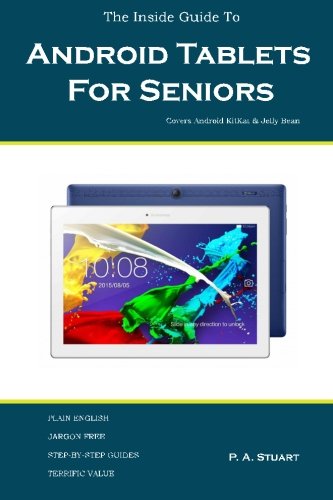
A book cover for The Inside Guide To Android Tablets For Seniors: Covers Android KitKat & Jelly Bean; P. A. Stuart; Computers & Technology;